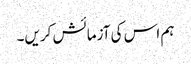
ہم اس کی آزمائش کریں۔